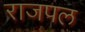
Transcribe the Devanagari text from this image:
राजपल